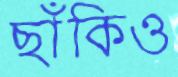
ছাঁকিও